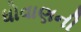
ધોવાણની